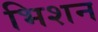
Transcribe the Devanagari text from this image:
भिशन